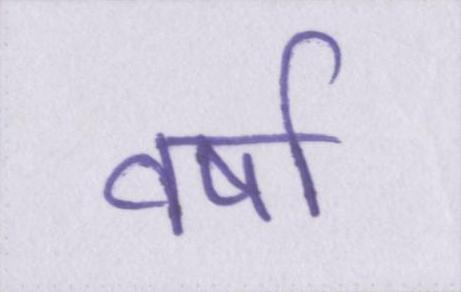
वर्ष